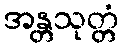
အန္တသုတ္တံ